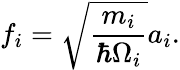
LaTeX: f_{i}=\sqrt{\frac{m_{i}}{\hbar\Omega_{i}}}a_{i}.